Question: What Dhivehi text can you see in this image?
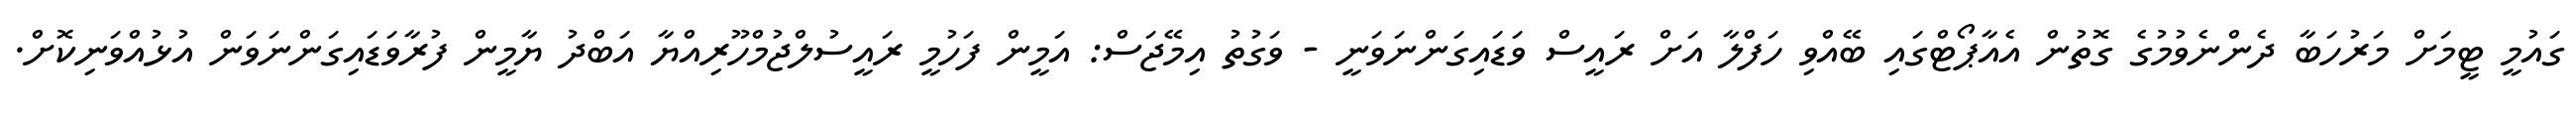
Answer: ގައުމީ ޓީމަށް މަރުހަބާ ދެންނެވުމުގެ ގޮތުން އެއާޕޯޓްގައި ބޭއްވި ހަފްލާ އަށް ރައީސް ވަޑައިގަންނަވަނީ - ވަގުތު އިމޭޖަސް: އަމީން ފަހުމީ ރައީސުލްޖުމްހޫރިއްޔާ އަބްދު ޔާމީން ފުރާވަޑައިގަންނަވަން އުޅުއްވަނިކޮށް.